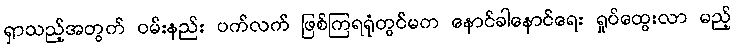
ရှာသည့်အတွက် ဝမ်းနည်း ပက်လက် ဖြစ်ကြရရုံတွင်မက နောင်ခါနောင်ရေး ရှုပ်ထွေးလာ မည့်